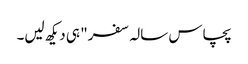
پچاس سالہ سفر" ہی دیکھ لیں۔